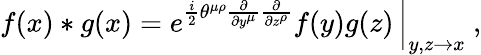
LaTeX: f(x)\ast g(x)=\left.e^{\frac{i}{2}\theta^{\mu\rho}\frac{\partial}{\partial y^{\mu}}\frac{\partial}{\partial z^{\rho}}}f(y)g(z)\, \right|_{y,z\to x}~,